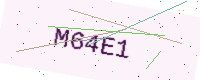
Text: M64E1